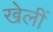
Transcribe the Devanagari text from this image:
खेलीं